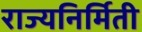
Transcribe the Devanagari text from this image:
राज्यनिर्मिती